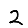
Digit: 2